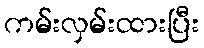
ကမ်းလှမ်းထားပြီး